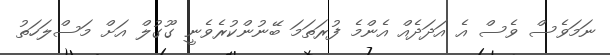
ނަމަވެސް ވެސް އެ އަދަދެއް އެންމެ ފުރަތަމަ ބޭނުންކުރެވެނީ ގޫގުލް އަށް މަސްލަހަތު